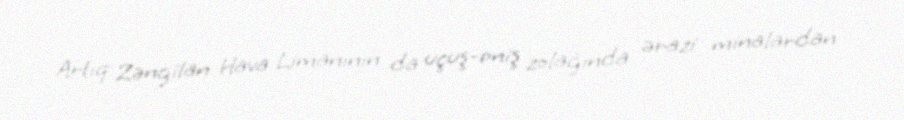
Artıq Zəngilan Hava Limanının da uçuş-eniş zolağında ərazi minalardan